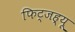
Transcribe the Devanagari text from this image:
फिट्जह्यू